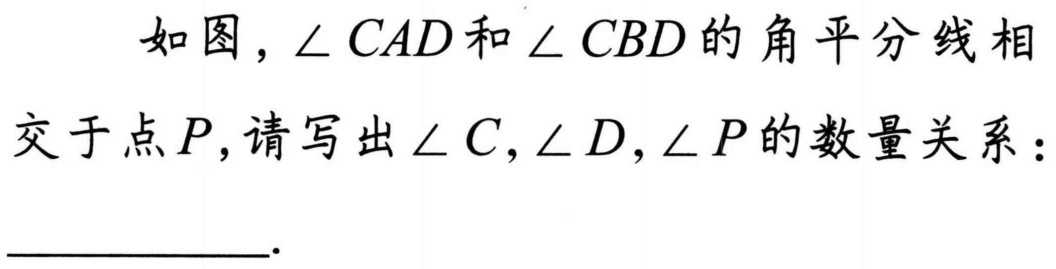
如图，\(\angle CAD\)和\(\angle CBD\)的角平分线相交于点\(P\)，请写出\(\angle C,\angle D,\angle P\)的数量关系：
__________.